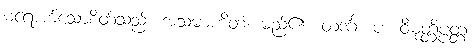
မရောက်သောစိတ်သည်။ အသမာဟိတံ၊ မည်၏။ တဒင်္ဂ။ ပ။ ဝိမုတ္တိပ္ပတ္တံ၊